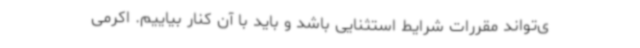
ی‌تواند مقررات شرایط استثنایی باشد و باید با آن کنار بیاییم. اکرمی